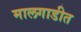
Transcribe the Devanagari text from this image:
मालगाडीत